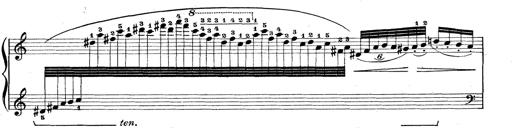
Title: Rapsodie: 19 ungheresi, 1 spagnuola
Composer: Franz Liszt